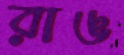
রাঙ